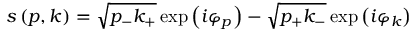
s \left( p , k \right) = \sqrt { p _ { - } k _ { + } } \exp \left( i \varphi _ { p } \right) - \sqrt { p _ { + } k _ { - } } \exp \left( i \varphi _ { k } \right)